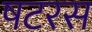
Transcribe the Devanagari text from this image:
षटरस